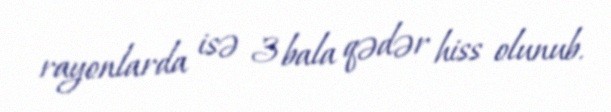
rayonlarda isə 3 bala qədər hiss olunub.